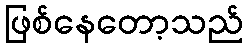
ဖြစ်နေတော့သည်